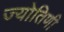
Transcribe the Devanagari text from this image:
ज्योतिणी